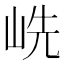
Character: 𱛥